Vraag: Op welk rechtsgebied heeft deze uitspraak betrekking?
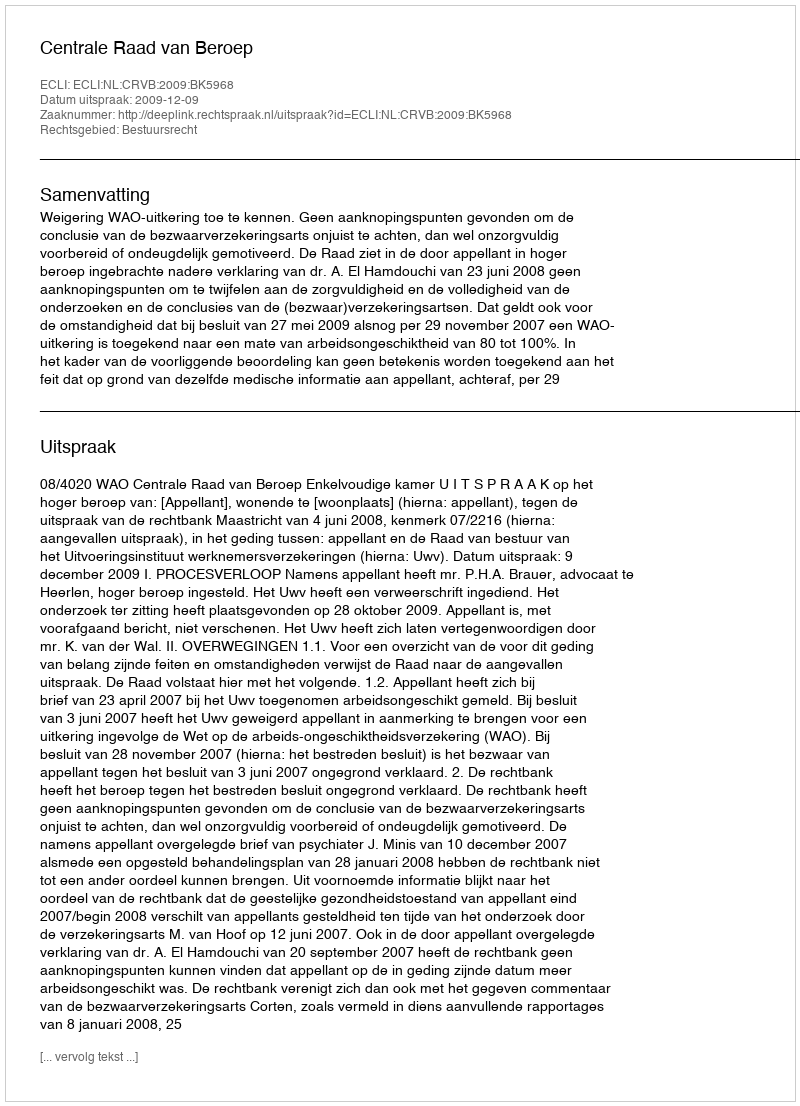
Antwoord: Bestuursrecht